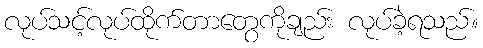
လုပ်သင့်လုပ်ထိုက်တာတွေကိုချည်း လုပ်ခဲ့ရသည်။